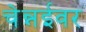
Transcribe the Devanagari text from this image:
चेन्नईवर